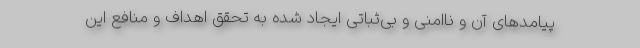
پیامدهای آن و ناامنی و بی‌ثباتی ایجاد شده به تحقق اهداف و منافع این